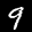
Label: 9